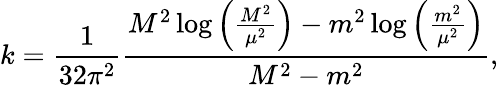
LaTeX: k=\frac{1}{32\pi^{2}}\frac{M^{2}\log\left(\frac{M^{2}}{\mu^{2}}\right)-m^{2}\log\left(\frac{m^{2}}{\mu^{2}}\right)}{M^{2}-m^{2}},